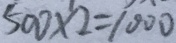
5 0 0 \times 2 = 1 0 0 0